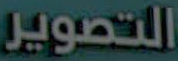
التصوير